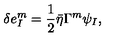
\delta e _ { I } ^ { m } = \frac { 1 } { 2 } \bar { \eta } \Gamma ^ { m } \psi _ { I } ,